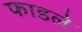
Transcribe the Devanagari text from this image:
फाडले